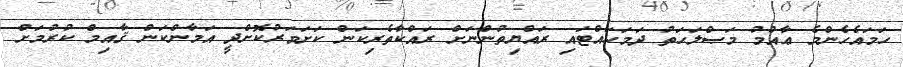
ހަމައެހެންމެ ޢާއްމު މަޞްލަޙަތު ދަމަހައްޓައި ރައްޔިތުންނަށް ރައްކާތެރިކަން ކަށަވަރުކޮށްދީ އަމާންކަން ޤާއިމް ކުރުމަށް